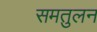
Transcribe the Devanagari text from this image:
समतुलन